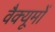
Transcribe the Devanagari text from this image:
वैक्यूमों